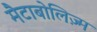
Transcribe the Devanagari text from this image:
मैटाबोलिज़्म